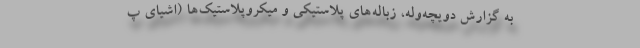
به گزارش دویچه‌وله، زباله‌های پلاستیکی و میکروپلاستیک‌ها (اشیای پ